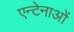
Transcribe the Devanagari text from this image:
एन्टेनाओं